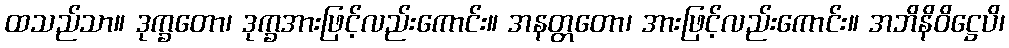
ထသည်သာ။ ဒုက္ခတော၊ ဒုက္ခအားဖြင့်လည်းကောင်း။ အနတ္တတော၊ အားဖြင့်လည်းကောင်း။ အဘိနိဝိဋ္ဌေပိ၊